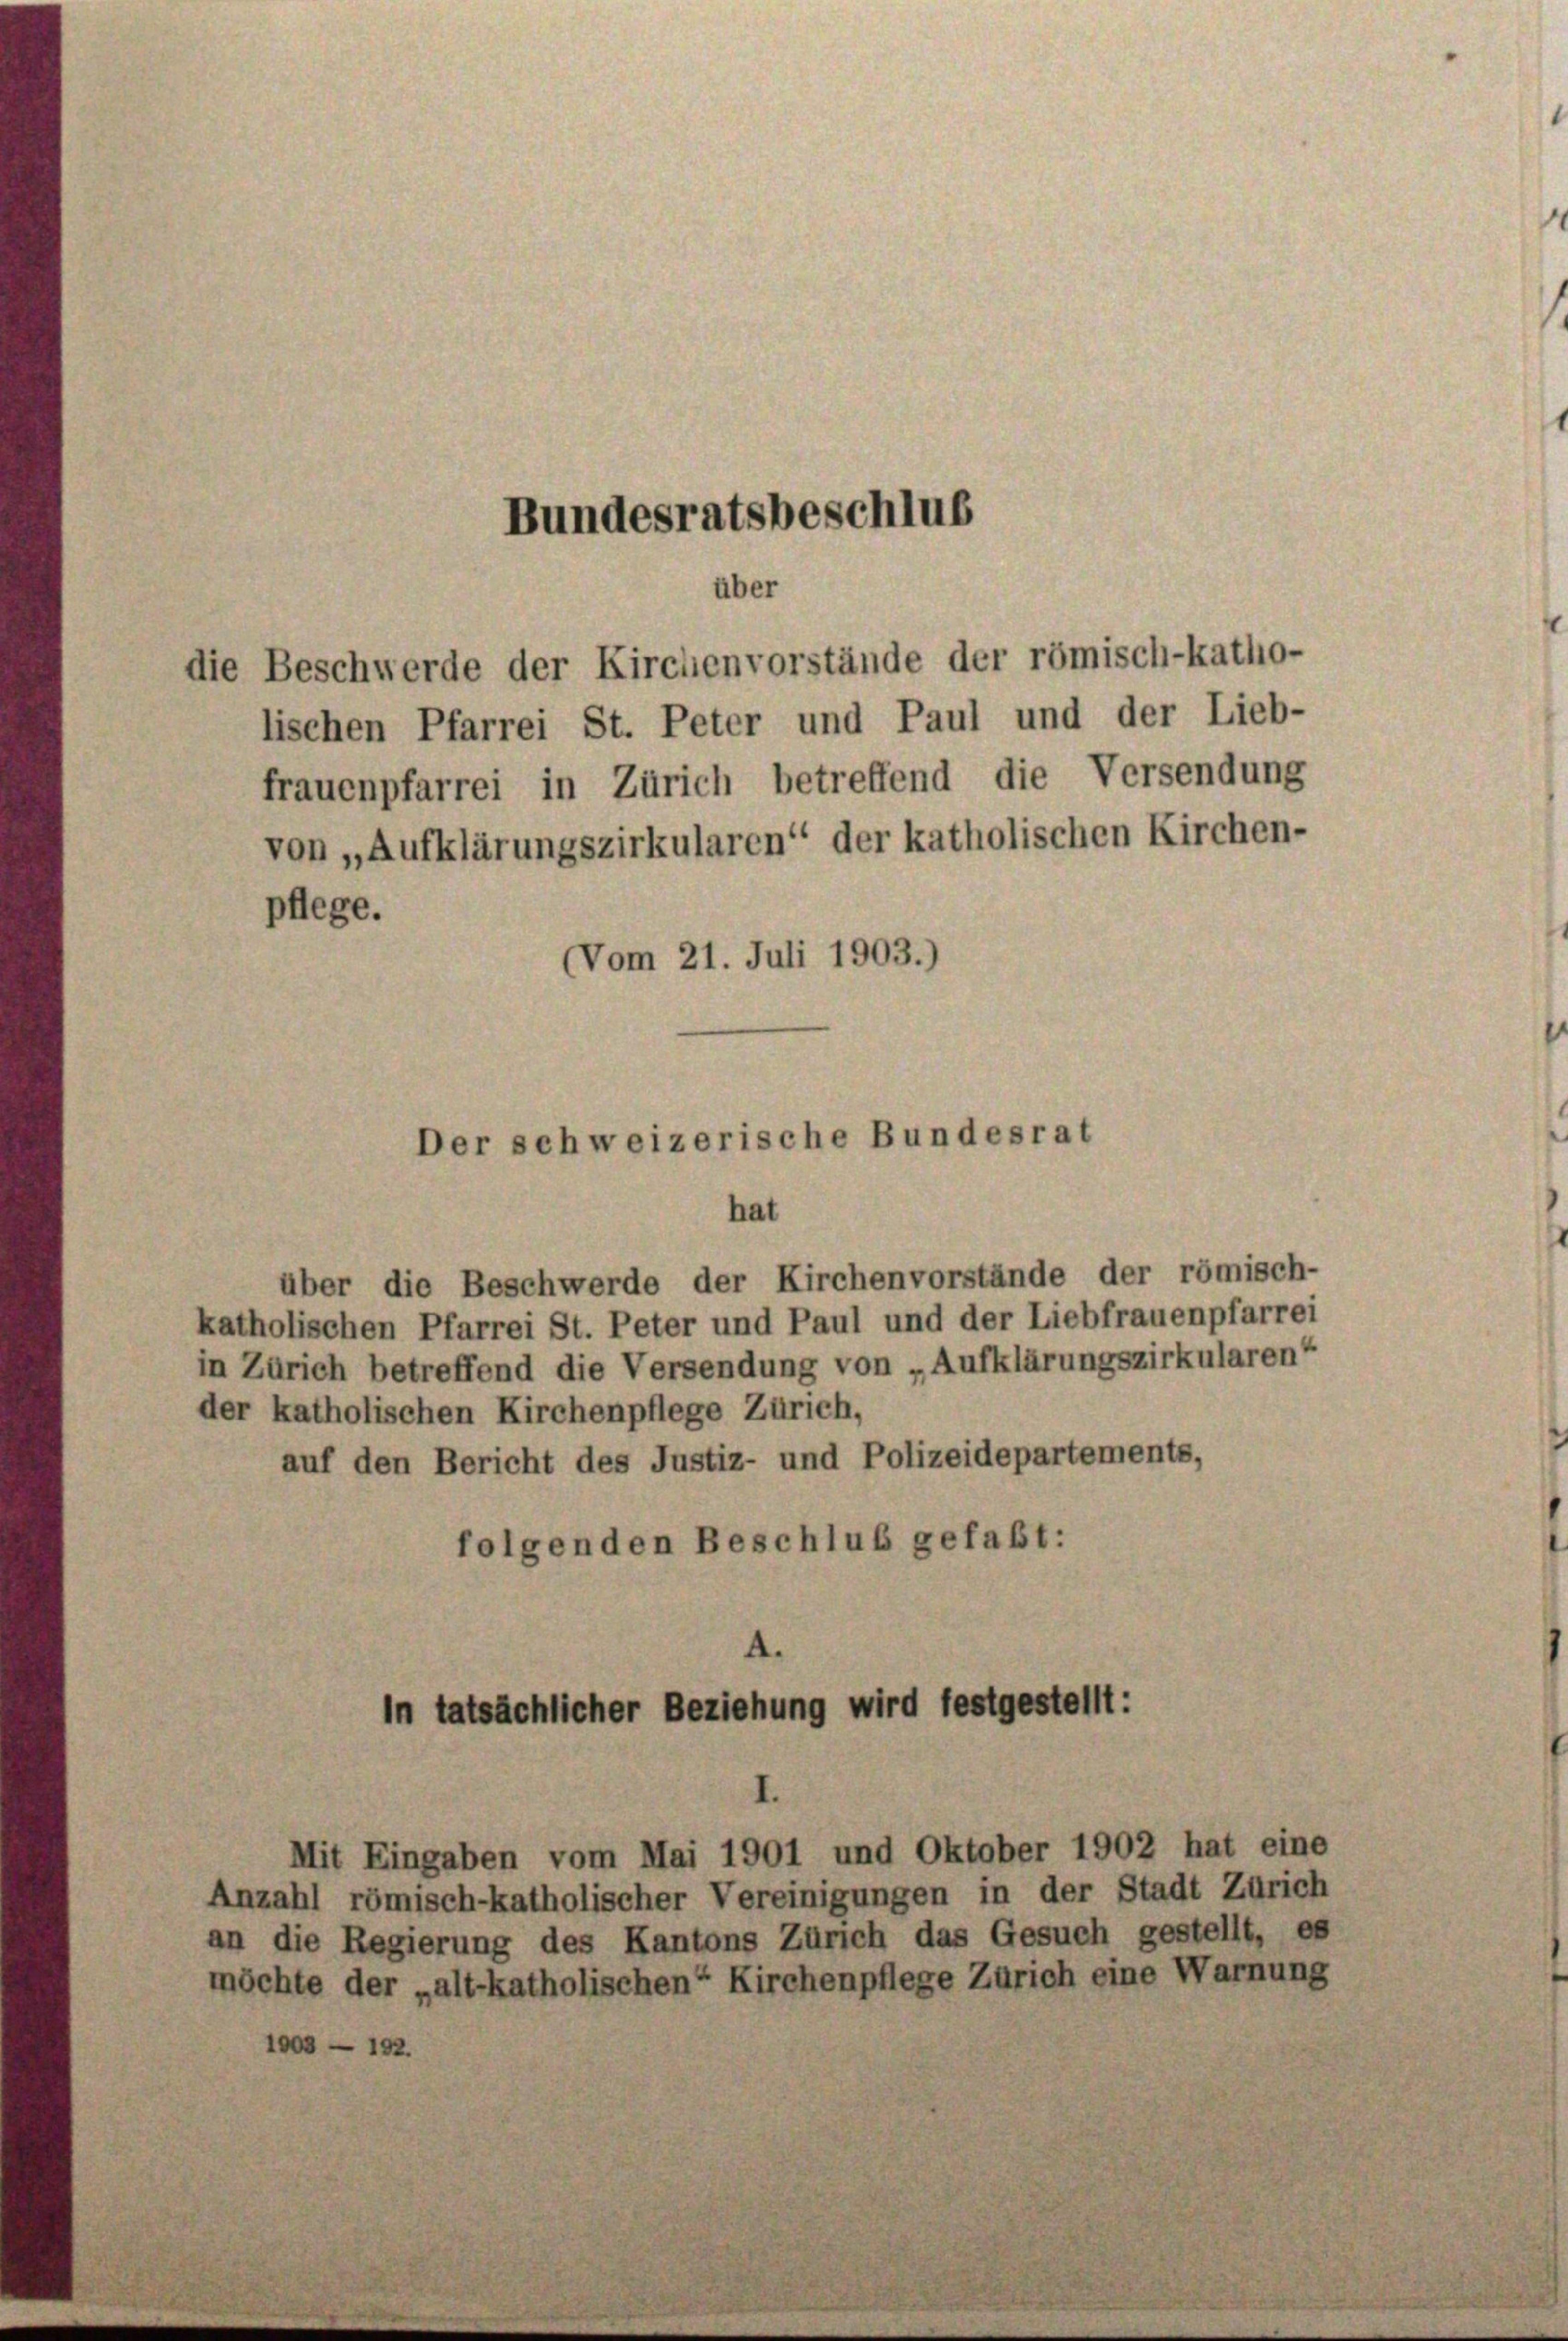
Bundesratsbeschlus

über
Der schweizerische Bundesrat
hat

die Beschwerde der Kirchenvorstände der römisch-katho-
lischen Pfarrei St. Peter und Paul und der Lieb-
frauenpfarrei in Zürich betreffend die Versendung
von „Aufklärungszirkularen“ der katholischen Kirchen-
pflege.
Vom 21. Juli 1903.)

über die Beschwerde der Kirchenvorstände der römisch-
katholischen Pfarrei St. Peter und Paul und der Liebfrauenpfarrei
in Zürich betreffend die Versendung von „Aufklärungszirkularen“
der katholischen Kirchenpflege Zürich,
auf den Bericht des Justiz- und Polizeidepartements,
folgenden Beschluß gefaßt:

In tatsächlicher Beziehung wird festgestellt:
Mit Eingaben vom Mai 1901 und Oktober 1902 hat eine

Anzahl römisch-katholischer Vereinigungen in der Stadt Zürich
an die Regierung des Kantons Zürich das Gesuch gestellt, es
möchte der „alt-katholischen“ Kirchenpflege Zürich eine Warnung

1003 - 192.